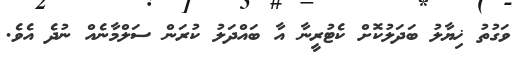
ވަގުތު ޚިޔާލު ބަދަލުކޮށް ކެޓުރީނާ އާ ބައްދަލު ކުރަން ސަލްމާނެއް ނުދެ އެވެ.